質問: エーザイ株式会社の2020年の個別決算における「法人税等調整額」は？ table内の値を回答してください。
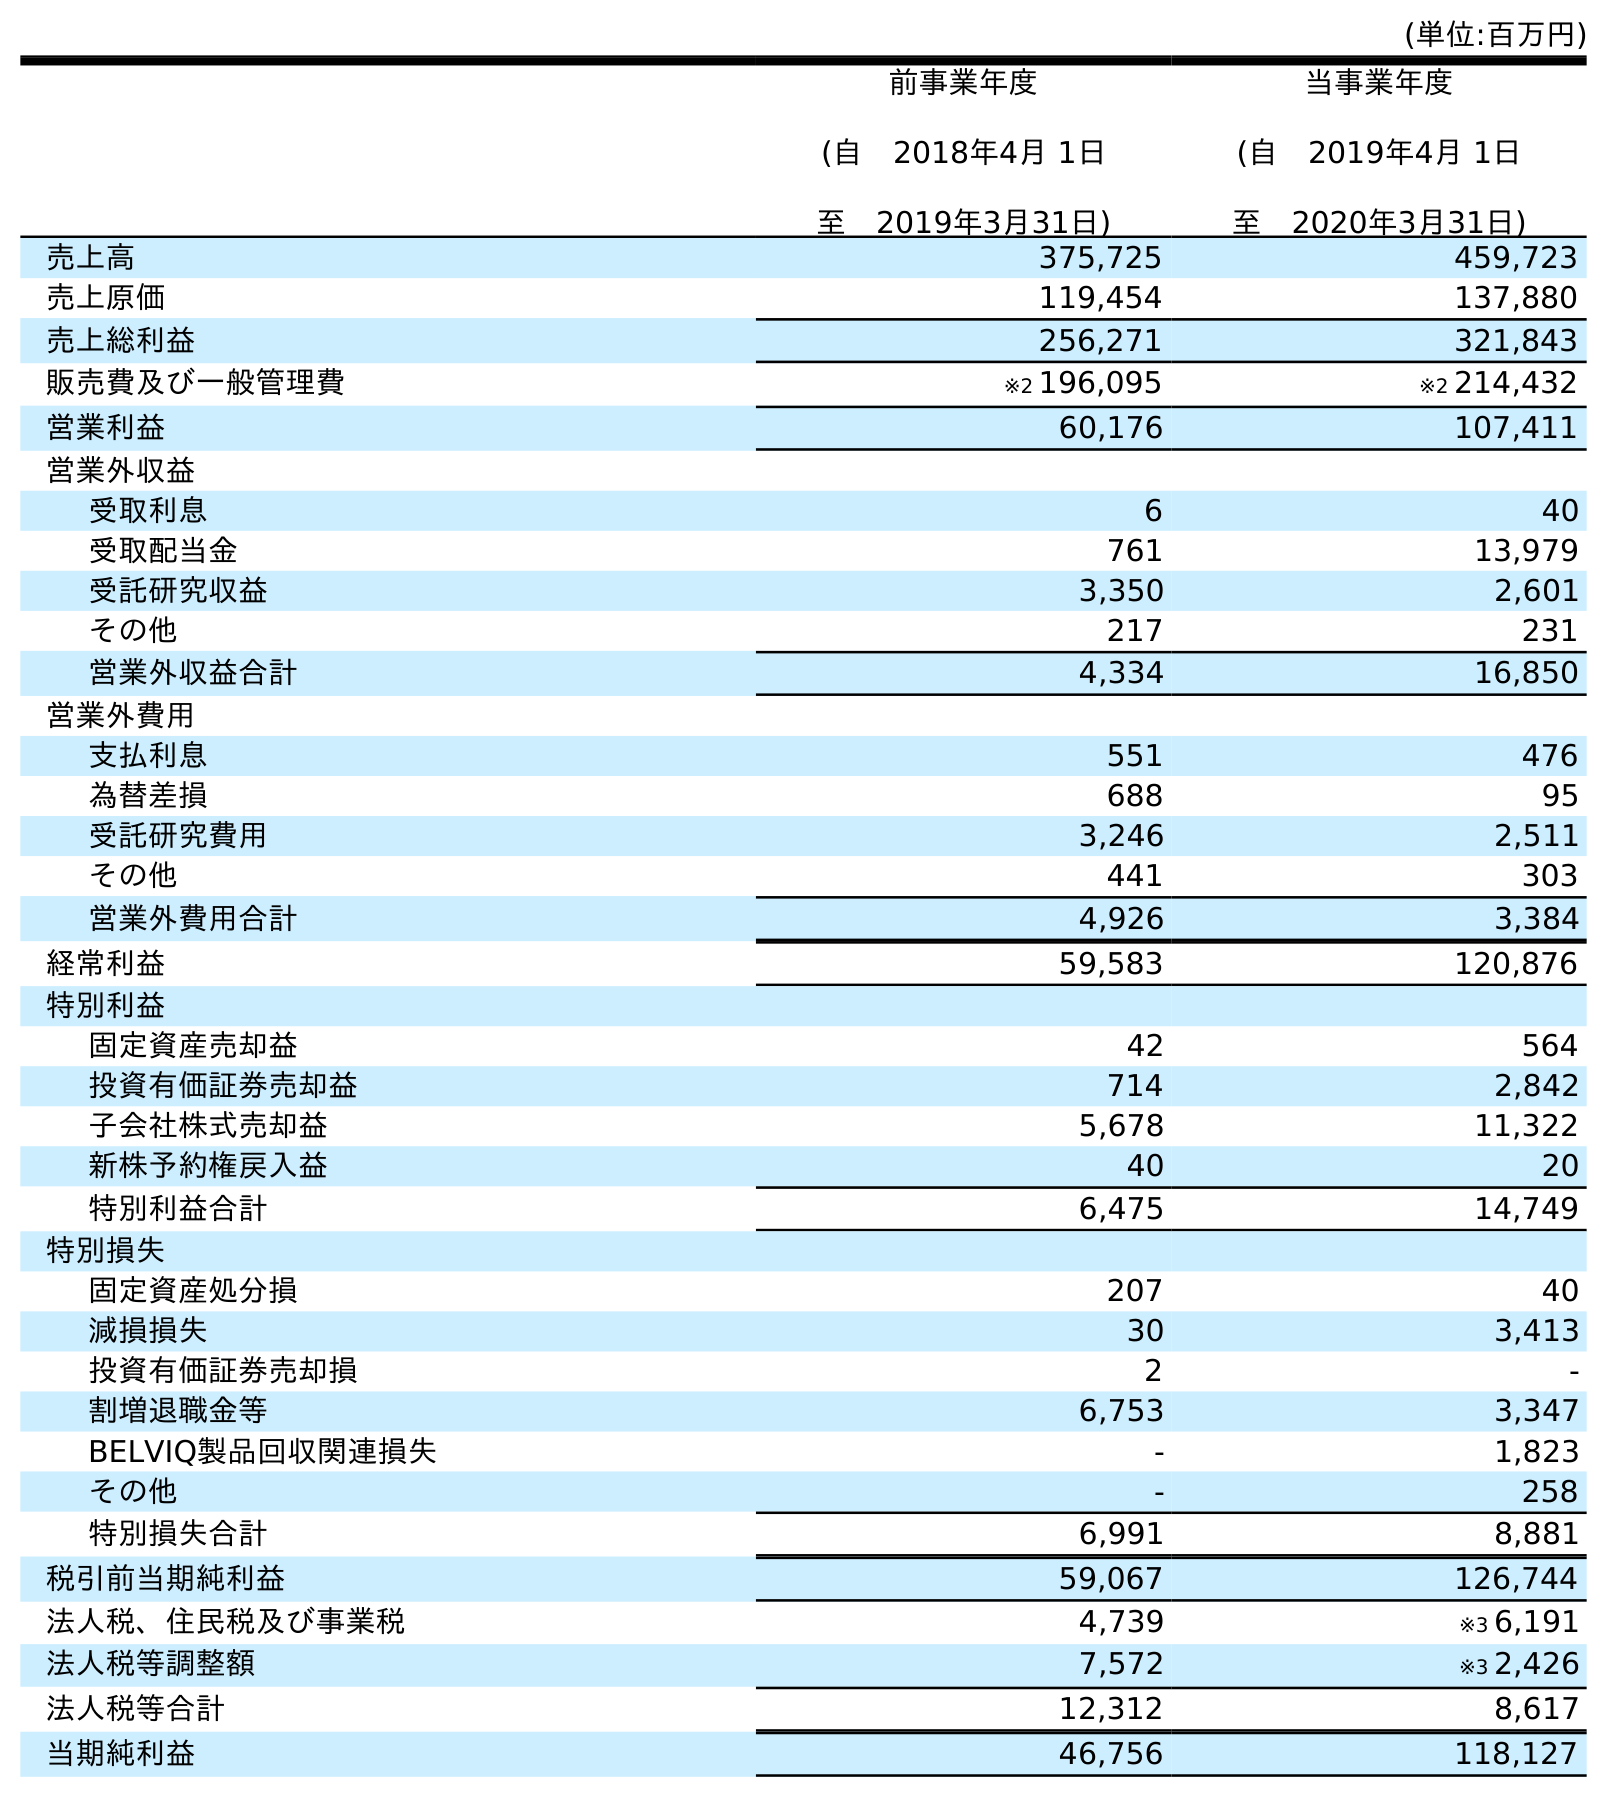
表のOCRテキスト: (単位:百万円) 前事業年度 (自 2018年4月 1日 至 2019年3月31日) 当事業年度 (自 2019年4月 1日 至 2020年3月31日) 売上高 375,725 459,723 売上原価 119,454 137,880 売上総利益 256,271 321,843 販売費及び一般管理費 ※2 196,095 ※2 214,432 営業利益 60,176 107,411 営業外収益 受取利息 6 40 受取配当金 761 13,979 受託研究収益 3,350 2,601 その他 217 231 営業外収益合計 4,334 16,850 営業外費用 支払利息 551 476 為替差損 688 95 受託研究費用 3,246 2,511 その他 441 303 営業外費用合計 4,926 3,384 経常利益 59,583 120,876 特別利益 固定資産売却益 42 564 投資有価証券売却益 714 2,842 子会社株式売却益 5,678 11,322 新株予約権戻入益 40 20 特別利益合計 6,475 14,749 特別損失 固定資産処分損 207 40 減損損失 30 3,413 投資有価証券売却損 2 - 割増退職金等 6,753 3,347 BELVIQ製品回収関連損失 - 1,823 その他 - 258 特別損失合計 6,991 8,881 税引前当期純利益 59,067 126,744 法人税、住民税及び事業税 4,739 ※3 6,191 法人税等調整額 7,572 ※3 2,426 法人税等合計 12,312 8,617 当期純利益 46,756 118,127
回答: ※32,426